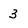
Character: 3